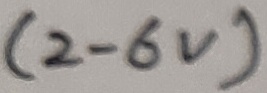
Text: (2-6V)